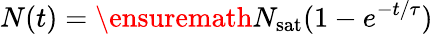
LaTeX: N(t)=\ensuremath{N_{\mathrm{sat}}}(1-e^{-t/\tau})